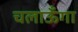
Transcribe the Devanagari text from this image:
चलाऊँगा